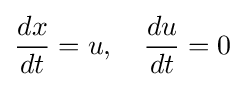
{\frac {dx}{dt}}=u,\quad {\frac {du}{dt}}=0